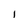
Character: 1